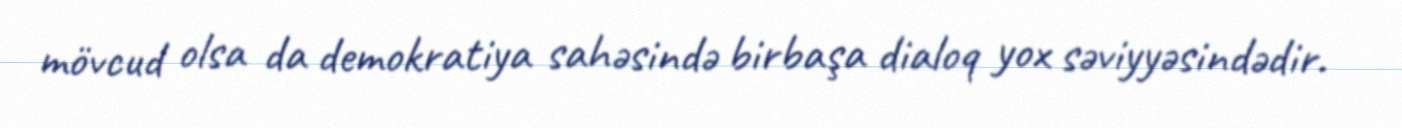
mövcud olsa da demokratiya sahəsində birbaşa dialoq yox səviyyəsindədir.